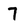
Character: 7